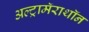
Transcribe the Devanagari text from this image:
अल्ट्रामॅराथॉन